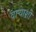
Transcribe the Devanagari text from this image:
वाऱ्याशी